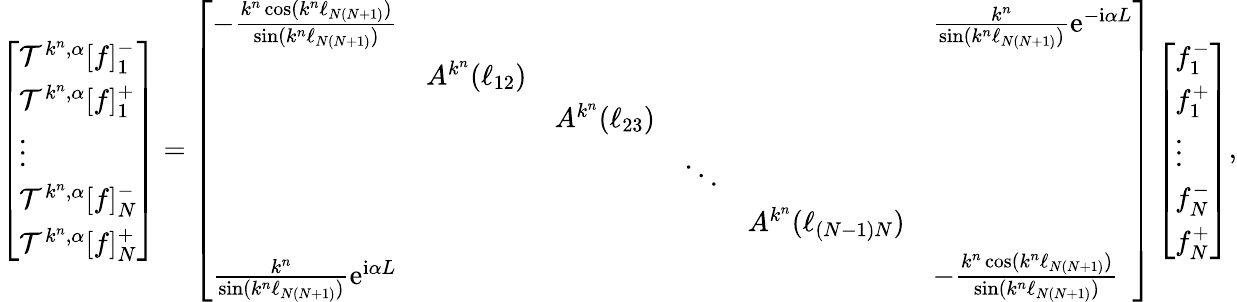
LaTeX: \left[\begin{array}{l}{\mathcal{T}^{k^{n},\alpha}[f]_{1}^{-}}\\ {\mathcal{T}^{k^{n},\alpha}[f]_{1}^{+}}\\ {\vdots}\\ {\mathcal{T}^{k^{n},\alpha}[f]_{N}^{-}}\\ {\mathcal{T}^{k^{n},\alpha}[f]_{N}^{+}}\end{array}\right]=\left[\begin{array}{llllll}{-\frac{k^{n}\cos(k^{n}\ell_{N(N+1)})}{\sin(k^{n}\ell_{N(N+1)})}}&&&&&{\frac{k^{n}}{\sin(k^{n}\ell_{N(N+1)})}\mathrm{e}^{-\mathrm{i}\alpha L}}\\ &{A^{k^{n}}(\ell_{12})}&&&&\\ &&{A^{k^{n}}(\ell_{23})}&&&\\ &&&{\ddots}&&\\ &&&&{A^{k^{n}}(\ell_{(N-1)N})}&\\ {\frac{k^{n}}{\sin(k^{n}\ell_{N(N+1)})}\mathrm{e}^{\mathrm{i}\alpha L}}&&&&&{-\frac{k^{n}\cos(k^{n}\ell_{N(N+1)})}{\sin(k^{n}\ell_{N(N+1)})}}\end{array}\right]\left[\begin{array}{l}{f_{1}^{-}}\\ {f_{1}^{+}}\\ {\vdots}\\ {f_{N}^{-}}\\ {f_{N}^{+}}\end{array}\right],